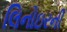
લિનોઇરની